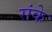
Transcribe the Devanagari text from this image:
संके